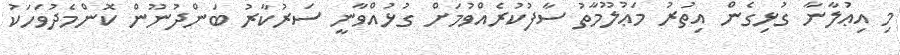
މި އިޢުލާނާ ގުޅިގެން އިތުރު މަޢުލޫމާތު ސާފުކުރެއްވުމަށް ގުޅުއްވާނީ ސަރުކާރު ބަންދުނޫން ކޮންމެދުވަހަކު